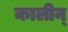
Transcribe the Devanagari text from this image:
कालीन्